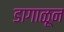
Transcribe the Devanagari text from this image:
डागाळून